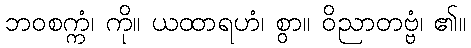
ဘဝစက္ကံ၊ ကို။ ယထာရဟံ၊ စွာ။ ဝိညာတဗ္ဗံ၊ ၏။